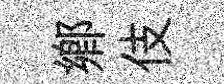
郷伎